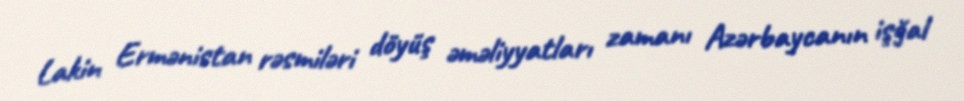
Lakin Ermənistan rəsmiləri döyüş əməliyyatları zamanı Azərbaycanın işğal